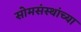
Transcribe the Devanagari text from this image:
सोमसंस्थांच्या